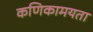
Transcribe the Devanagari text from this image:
कणिकामयता